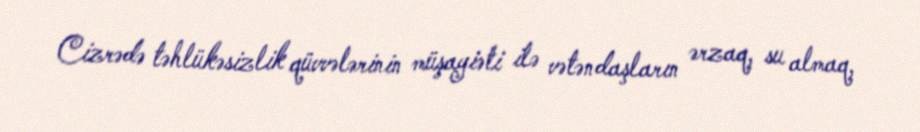
Cizrədə təhlükəsizlik qüvvələrinin müşayiəti ilə vətəndaşların ərzaq, su almaq,